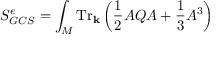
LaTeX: \displaystyle { S _ { G C S } ^ { e } = \int _ { M } \mathrm { T r } _ { \bf k } \left( \frac { 1 } { 2 } { \cal A } Q { \cal A } + \frac { 1 } { 3 } { \cal A } ^ { 3 } \right) }